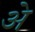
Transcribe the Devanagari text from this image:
अे